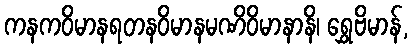
ကနကဝိမာနရတနဝိမာနမဏိဝိမာနာနိ၊ ရွှေဗိမာန်,